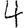
Digit: 4